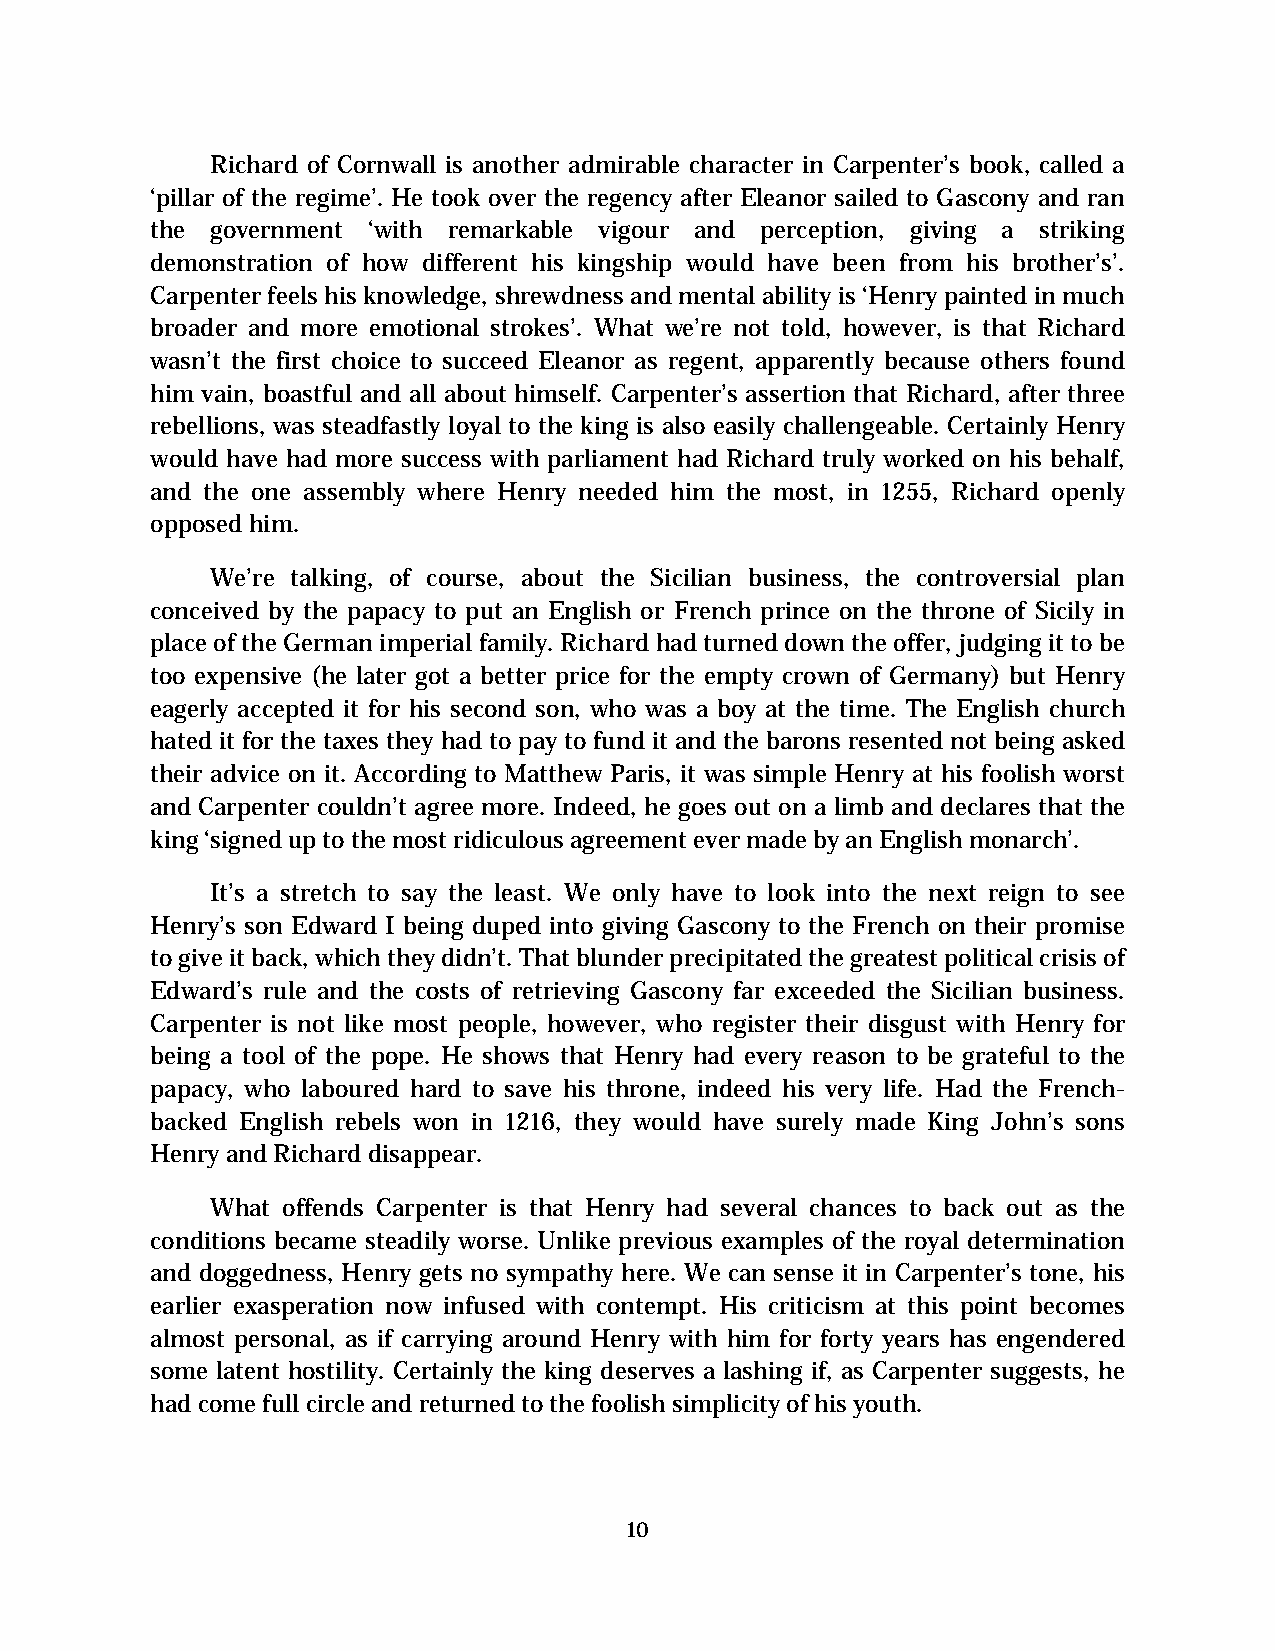
Richard of Cornwall is another admirable character in Carpenter’s book, called a
 ‘pillar of the regime’. He took over the regency after Eleanor sailed to Gascony and ran
 the government ‘with remarkable vigour and perception, giving a striking
 demonstration of how different his kingship would have been from his brother’s’.
 Carpenter feels his knowledge, shrewdness and mental ability is ‘Henry painted in much
 broader and more emotional strokes’. What we’re not told, however, is that Richard
 wasn’t the first choice to succeed Eleanor as regent, apparently because others found
 him vain, boastful and all about himself. Carpenter’s assertion that Richard, after three
 rebellions, was steadfastly loyal to the king is also easily challengeable. Certainly Henry
 would have had more success with parliament had Richard truly worked on his behalf,
 and the one assembly where Henry needed him the most, in 1255, Richard openly
 opposed him.
 We’re talking, of course, about the Sicilian business, the controversial plan
 conceived by the papacy to put an English or French prince on the throne of Sicily in
 place of the German imperial family. Richard had turned down the offer, judging it to be
 too expensive (he later got a better price for the empty crown of Germany) but Henry
 eagerly accepted it for his second son, who was a boy at the time. The English church
 hated it for the taxes they had to pay to fund it and the barons resented not being asked
 their advice on it. According to Matthew Paris, it was simple Henry at his foolish worst
 and Carpenter couldn’t agree more. Indeed, he goes out on a limb and declares that the
 king ‘signed up to the most ridiculous agreement ever made by an English monarch’.
 It’s a stretch to say the least. We only have to look into the next reign to see
 Henry’s son Edward I being duped into giving Gascony to the French on their promise
 to give it back, which they didn’t. That blunder precipitated the greatest political crisis of
 Edward’s rule and the costs of retrieving Gascony far exceeded the Sicilian business.
 Carpenter is not like most people, however, who register their disgust with Henry for
 being a tool of the pope. He shows that Henry had every reason to be grateful to the
 papacy, who laboured hard to save his throne, indeed his very life. Had the French-
 backed English rebels won in 1216, they would have surely made King John’s sons
 Henry and Richard disappear.
 What offends Carpenter is that Henry had several chances to back out as the
 conditions became steadily worse. Unlike previous examples of the royal determination
 and doggedness, Henry gets no sympathy here. We can sense it in Carpenter’s tone, his
 earlier exasperation now infused with contempt. His criticism at this point becomes
 almost personal, as if carrying around Henry with him for forty years has engendered
 some latent hostility. Certainly the king deserves a lashing if, as Carpenter suggests, he
 had come full circle and returned to the foolish simplicity of his youth.
 10